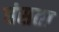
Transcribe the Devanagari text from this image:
धंसता